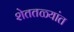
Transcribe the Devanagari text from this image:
शेततळ्यांत